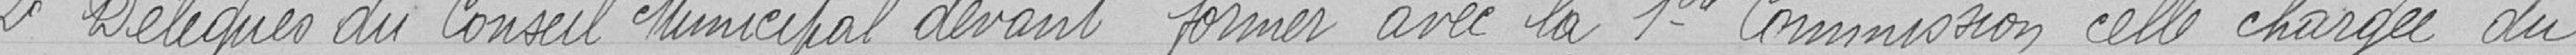
2° Délégués du Conseil Municipal devant former avec la première Commission celle chargée du